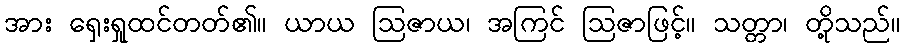
အား ရှေးရှုထင်တတ်၏။ ယာယ ဩဇာယ၊ အကြင် ဩဇာဖြင့်။ သတ္တာ၊ တို့သည်။